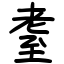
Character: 耋